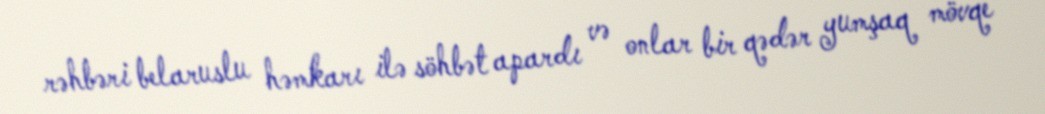
rəhbəri belaruslu həmkarı ilə söhbət apardı və onlar bir qədər yumşaq mövqe